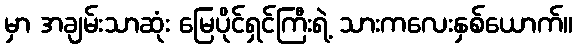
မှာ အချမ်းသာဆုံး မြေပိုင်ရှင်ကြီးရဲ့ သားကလေးနှစ်ယောက်။